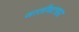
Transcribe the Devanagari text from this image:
जातीमत्सर